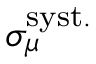
\sigma _ { \mu } ^ { \mathrm { s y s t . } }